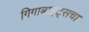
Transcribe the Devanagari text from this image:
गिगाबाइट्सचा